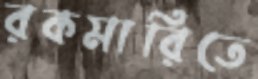
রকমারিতে